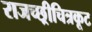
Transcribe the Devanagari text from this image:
राजच्छ्रीचित्रकूट